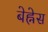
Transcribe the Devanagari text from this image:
बेह्नेस